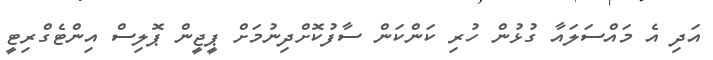
އަދި އެ މައްސަލައާ ގުޅުން ހުރި ކަންކަން ސާފުކޮށްދިނުމަށް ޕީޖީން ޕޮލިސް އިންޓެގްރިޓީ